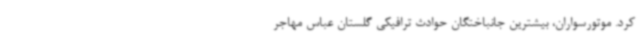
کرد. موتورسواران، بیشترین جانباختگان حوادث ترافیکی گلستان عباس مهاجر